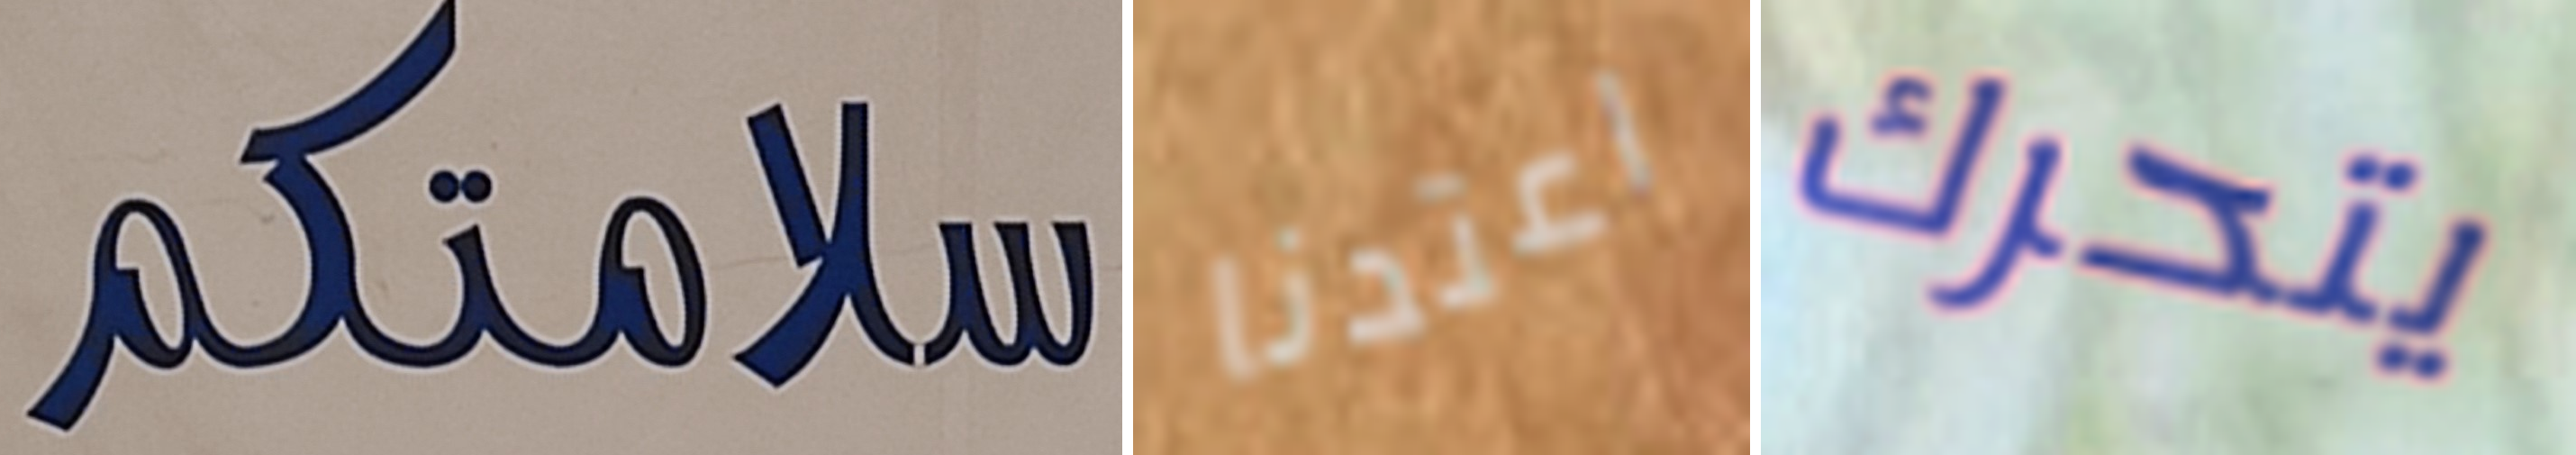
سلامتكم اعتدنا يتحرك